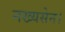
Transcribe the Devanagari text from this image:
नख्यसेन।